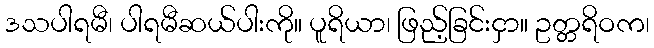
ဒသပါရမီ၊ ပါရမီဆယ်ပါးကို။ ပူရိယာ၊ ဖြည့်ခြင်းငှာ။ ဥတ္တရိဝက၊